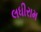
લધીરામ